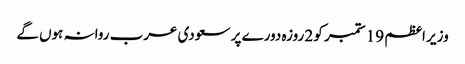
وزیر اعظم 19 ستمبر کو 2 روزہ دورے پر سعودی عرب روانہ ہوں گے